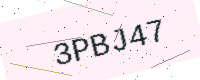
Text: 3PBJ47